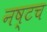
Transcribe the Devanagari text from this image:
नष्टच